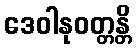
ဒေဝါနုဝတ္တန္တိ